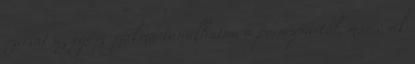
szerint az egész szakma tanulhatna a pornópiartól, már csak